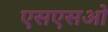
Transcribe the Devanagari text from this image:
एसएसओ